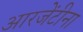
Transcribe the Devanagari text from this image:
आरजेंटीना